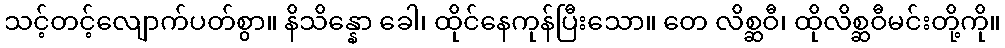
သင့်တင့်လျောက်ပတ်စွာ။ နိသိန္နော ခေါ၊ ထိုင်နေကုန်ပြီးသော။ တေ လိစ္ဆဝီ၊ ထိုလိစ္ဆဝီမင်းတို့ကို။